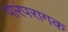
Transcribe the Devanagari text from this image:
पारंपरागक